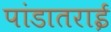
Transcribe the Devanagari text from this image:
पांडातराई